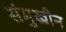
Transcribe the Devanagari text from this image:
संमुखीन